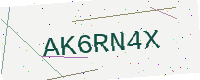
Text: AK6RN4X